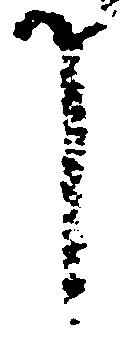
し